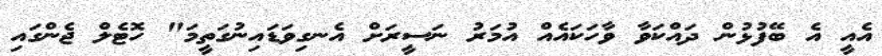
އެއީ އެ ބޭފުޅުން ދައްކަވާ ވާހަކައެއް އުމަރު ނަސީރަށް އެނގިވަޑައިނުގަތީމަ" ހޮޓެލް ޖެންގައި